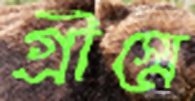
গ্রীস্মে